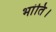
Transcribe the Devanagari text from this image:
भांति।